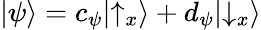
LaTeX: |\psi\rangle=c_{\psi}|{\uparrow}_{x}\rangle+d_{\psi}|{\downarrow}_{x}\rangle